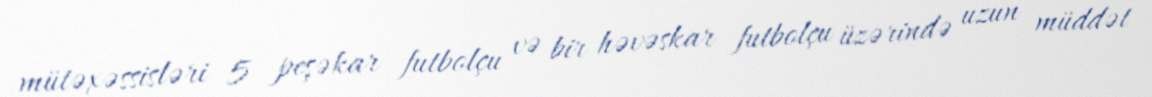
mütəxəssisləri 5 peşəkar futbolçu və bir həvəskar futbolçu üzərində uzun müddət